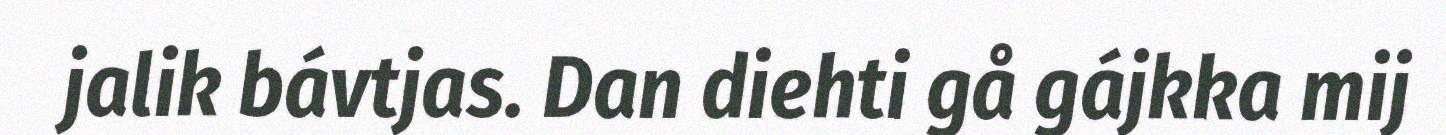
jalik bávtjas. Dan diehti gå gájkka mij